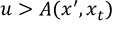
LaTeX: u > A ( x ^ { \prime } , x _ { t } )